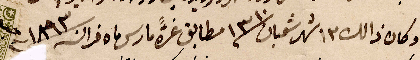
وكان ذاك ١٣ شهر شعبان مطابق عشرة مارس ...١٨٩٣